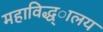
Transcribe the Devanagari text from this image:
महाविद्ध्ालय